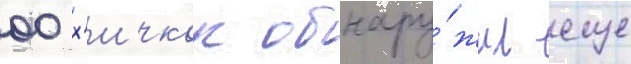
00 х'ичкок обнару́жил еще